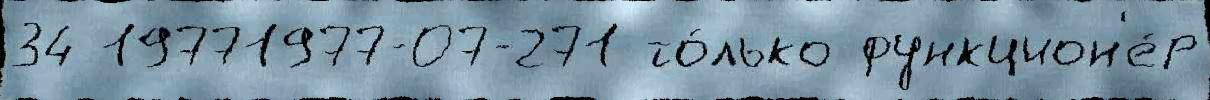
34 19771977-07-271 то́лько функцион'е́р